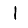
Digit: 1